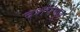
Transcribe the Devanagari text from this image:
दशपचूर